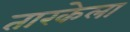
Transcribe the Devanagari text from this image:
तारकेला